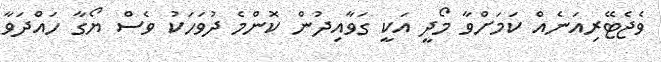
ވެޖެޓޭރިއަނެއް ކަމަށްވާ މޯދީ އަކީ ގަވާއިދުން ކޮންމެ ދުވަހަކު ވެސް ޔޯގާ ހައްދަވާ